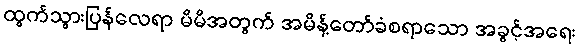
ထွက်သွားပြန်လေရာ မိမိအတွက် အမိန့်တော်ခံစရာသော အခွင့်အရေး